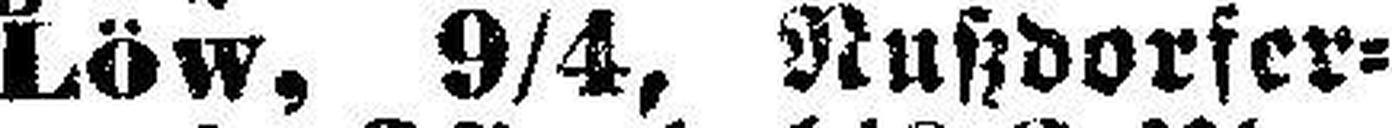
Löw, 9/4, Nutzdorfer¬